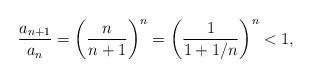
LaTeX: \begin{align*}\frac{a_{n+1}}{a_n} = \left(\frac{n}{n+1}\right)^n = \left(\frac{1}{1+1/n}\right)^n < 1,\end{align*}